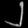
Digit: ၂